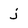
Character: j